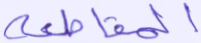
المقاطعة